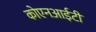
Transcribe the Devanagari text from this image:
कोएनआईटी